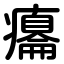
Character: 癟